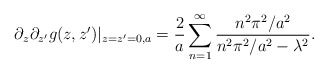
\begin{align*}\partial_z\partial_{z'}g(z,z')|_{z=z'=0,a}={2\over a}\sum_{n=1}^\infty{n^2\pi^2/a^2\over n^2\pi^2/a^2-\lambda^2}.\end{align*}